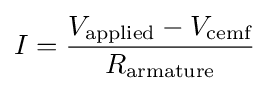
I={\frac {V_{\text{applied}}-V_{\text{cemf}}}{R_{\text{armature}}}}